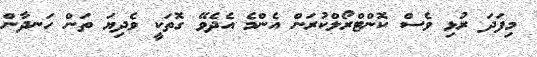
މިފަދަ ރުޅި ވެސް ކޮންޓްރޯލްކުރަން އެންމެ އެދެވޭ ގޮތަކީ ވެދިޔަ ތަން ހަނދާން